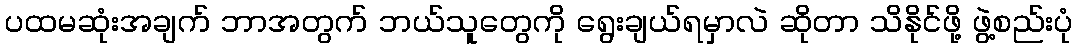
ပထမဆုံးအချက် ဘာအတွက် ဘယ်သူတွေကို ရွေးချယ်ရမှာလဲ ဆိုတာ သိနိုင်ဖို့ ဖွဲ့စည်းပုံ